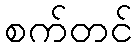
စက်တင်